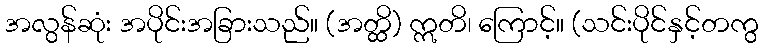
အလွန်ဆုံး အပိုင်းအခြားသည်။ (အတ္ထိ) ဣတိ၊ ကြောင့်။ (သင်းပိုင်နှင့်တကွ